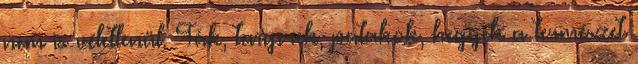
nem is véletlenül. Fák, tengerek, patakok, hegyek a természet